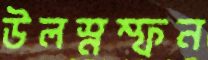
উলস্নম্ফন